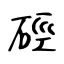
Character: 硜